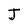
Character: J